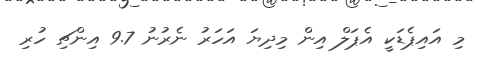
މި އައިޕެޑަކީ އެޕަލް އިން މިިދިޔަ އަހަރު ނެރުނު 9.7 އިންޗި ހުރި